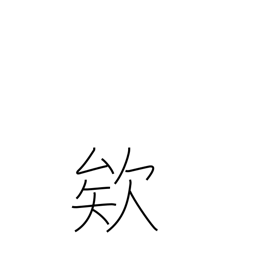
Meaning: exclamation